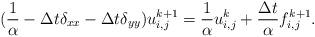
LaTeX: \begin{align*}(\frac{1}{\alpha}-\Delta t \delta_{xx} -\Delta t \delta_{yy}) u^{k+1}_{i,j}= \frac{1}{\alpha} u^{k}_{i,j} + \frac{\Delta t}{\alpha} f^{k+1}_{i,j}.\end{align*}